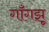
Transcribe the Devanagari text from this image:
गाँगझू